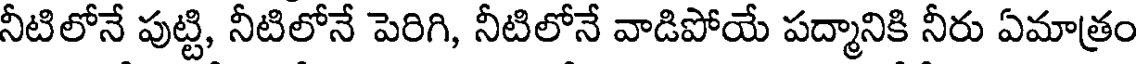
నీటిలోనే పుట్టి, నీటిలోనే పెరిగి, నీటిలోనే వాడిపోయే పద్మానికి నీరు ఏమాత్రం